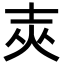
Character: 𡔡